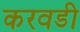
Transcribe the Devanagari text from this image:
करवडी